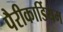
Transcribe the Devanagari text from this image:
पैरीकार्डियम